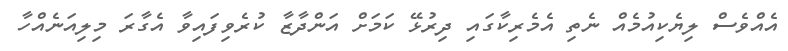
އެއްވެސް ލިޔެކިއުމެއް ނެތި އެމެރިކާގައި ދިރުޅޭ ކަމަށް އަންދާޒާ ކުރެވިފައިވާ އެގާރަ މިލިއަނެއްހާ